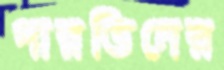
পারভিনের